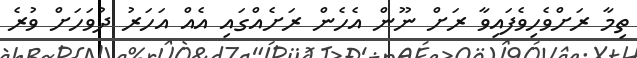
ތިމާ ރަށްވެހިވެފައިވާ ރަށް ނޫން އެހެން ރަށެއްގައި އެއް އަހަރު ދުވަހަށް ވުރެ